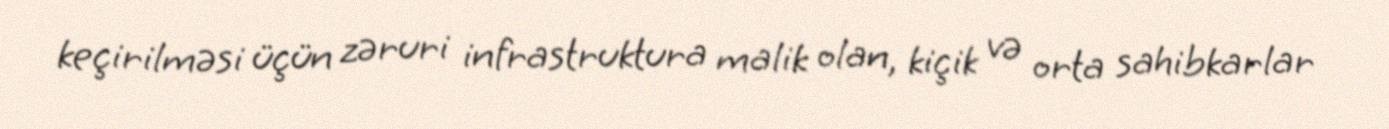
keçirilməsi üçün zəruri infrastruktura malik olan, kiçik və orta sahibkarlar